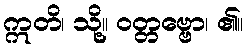
ဣတိ၊ သို့။ ဝတ္တဗ္ဗော၊ ၏။